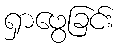
ရှာဖွေခြင်း